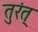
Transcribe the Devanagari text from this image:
तुरंत्